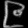
Digit: ၉